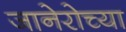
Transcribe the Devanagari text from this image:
जानेरोच्या